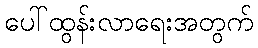
ပေါ်ထွန်းလာရေးအတွက်